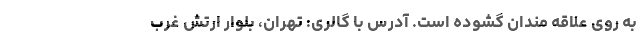
به روی علاقه مندان گشوده است. آدرس با گالری: تهران، بلوار ارتش غرب